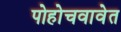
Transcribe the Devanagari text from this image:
पोहोचवावेत